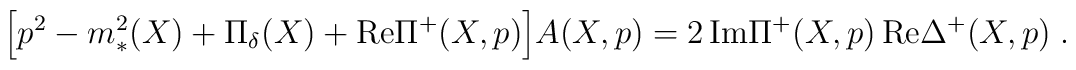
\Bigr[ p^2 - m_*^2(X) + \Pi_{\delta}(X) + {\rm Re} \Pi^+(X,p) \Bigl] A(X,p)  = 2 \, {\rm Im}\Pi^+(X,p) \, {\rm Re} \Delta^+(X,p) \;.